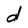
Character: d